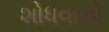
શોધવાનો